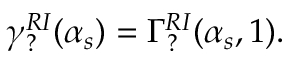
\gamma _ { ? } ^ { R I } ( \alpha _ { s } ) = \Gamma _ { ? } ^ { R I } ( \alpha _ { s } , 1 ) { } .